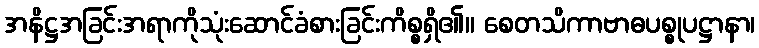
အနိဋ္ဌအခြင်းအရာကိုသုံးဆောင်ခံစားခြင်းကိစ္စရှိ၏။ စေတသိကာဗာဓပစ္စုပဋ္ဌာနာ၊